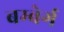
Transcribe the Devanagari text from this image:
बम्बेर्ग